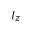
I _ { Z }